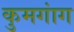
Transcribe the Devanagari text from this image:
कुमगांग